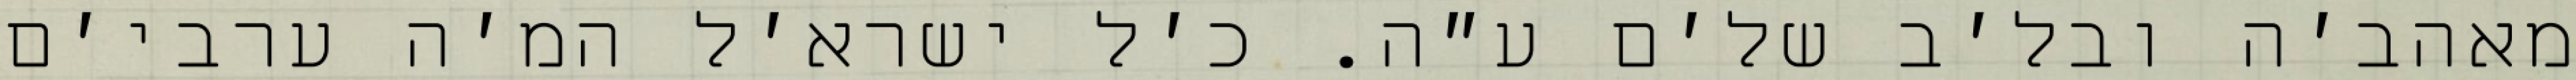
מאהב׳ה ובל׳ב של׳ם ע״ה. כ׳ל ישרא׳ל המ׳ה ערבי׳ם